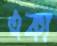
একা